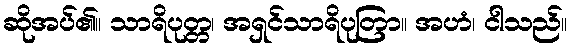
ဆိုအပ်၏။ သာရိပုတ္တ၊ အရှင်သာရိပုတြာ။ အဟံ၊ ငါသည်။